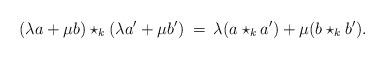
LaTeX: \begin{align*}(\lambda a + \mu b) \star_k (\lambda a'+ \mu b') \:=\: \lambda (a\star_k a') + \mu (b\star_k b').\end{align*}